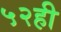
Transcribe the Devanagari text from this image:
५२ही